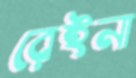
রেইনা